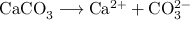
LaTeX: \mathrm { C a C O _ { 3 } \longrightarrow C a ^ { 2 + } + C O _ { 3 } ^ { 2 - } }